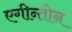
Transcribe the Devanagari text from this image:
एगीन्तोन